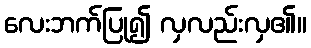
လေးဘက်ပြု၍ လှလည်းလှ၏။